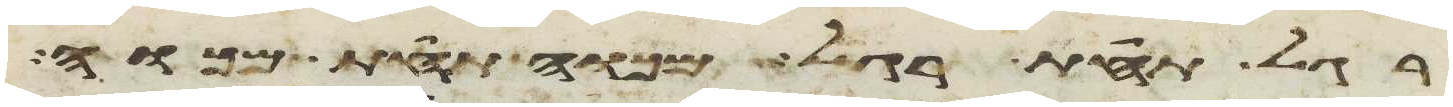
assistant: רגל תחת רגל מכוה תחת מכוה